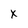
Character: x